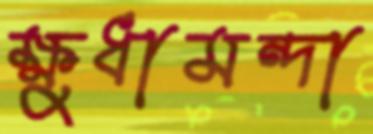
ক্ষুধামন্দা